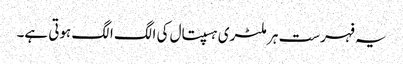
یہ فہرست ہر ملٹری ہسپتال کی الگ الگ ہوتی ہے۔